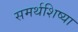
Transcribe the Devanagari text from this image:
समर्थशिष्या